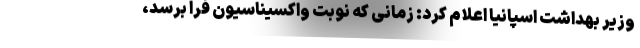
وزیر بهداشت اسپانیا اعلام کرد: زمانی که نوبت واکسیناسیون فرا برسد،